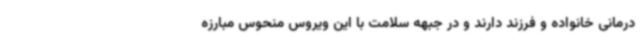
درمانی خانواده و فرزند دارند و در جبهه سلامت با این ویروس منحوس مبارزه